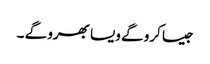
جیسا کرو گے ویسا بھرو گے ۔